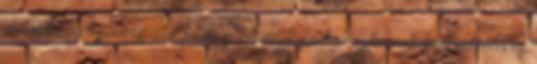
embertől, a bipoláris zavarban szenvedők pedig képtelenek koncentrálni és